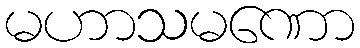
မဟာသမဏော